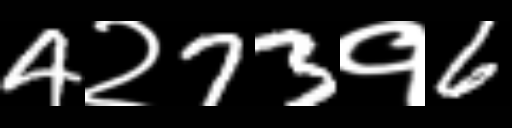
Text: 4२73१6